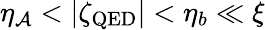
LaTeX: \eta_{\mathcal{A}}<|\zeta_{\mathrm{{QED}}}|<\eta_{b}\ll\xi